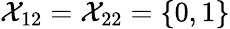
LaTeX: \mathcal{X}_{12}=\mathcal{X}_{22}=\{ 0,1\}